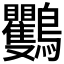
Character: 𪈴